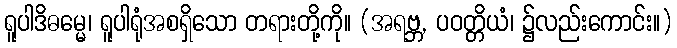
ရူပါဒိဓမ္မေ၊ ရူပါရုံအစရှိသော တရားတို့ကို။ (အရဗ္ဘ, ပဝတ္တိယံ၊ ၌လည်းကောင်း။)